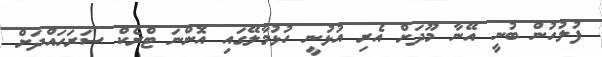
ފުލުހުން ބުނީ އޭނާ މޫދަށް އެރި އުޅުނީ ހުޅުމާލޭގައި އޮންނަ ޓްރެކް ސަރަހައްދަށް